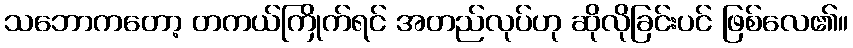
သဘောကတော့ တကယ်ကြိုက်ရင် အတည်လုပ်ဟု ဆိုလိုခြင်းပင် ဖြစ်လေ၏။